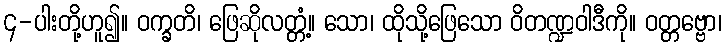
၄-ပါးတို့ဟူ၍။ ဝက္ခတိ၊ ဖြေဆိုလတ္တံ့။ သော၊ ထိုသို့ဖြေသော ဝိတဏ္ဍဝါဒီကို။ ဝတ္တဗ္ဗော၊